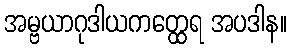
အမ္ဗယာဂုဒါယကတ္ထေရ အပဒါန။